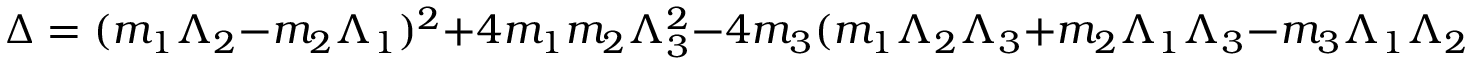
\Delta = ( m _ { 1 } \Lambda _ { 2 } - m _ { 2 } \Lambda _ { 1 } ) ^ { 2 } + 4 m _ { 1 } m _ { 2 } \Lambda _ { 3 } ^ { 2 } - 4 m _ { 3 } ( m _ { 1 } \Lambda _ { 2 } \Lambda _ { 3 } + m _ { 2 } \Lambda _ { 1 } \Lambda _ { 3 } - m _ { 3 } \Lambda _ { 1 } \Lambda _ { 2 } ) ~ .